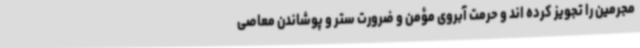
مجرمین را تجویز کرده اند و حرمت آبروی مؤمن و ضرورت ستر و پوشاندن معاصی